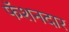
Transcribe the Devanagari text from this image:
फॅशनदार